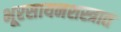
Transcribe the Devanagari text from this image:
भूरसायनशस्त्रात